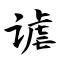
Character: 谑